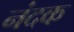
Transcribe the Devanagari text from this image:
नंदक